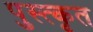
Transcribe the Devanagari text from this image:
पुस्त्कृत